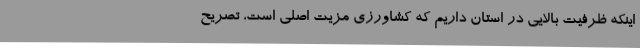
اینکه ظرفیت بالایی در استان داریم که کشاورزی مزیت اصلی است، تصریح